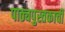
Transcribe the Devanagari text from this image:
पाठ्यपुस्तकाची